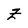
Character: Z